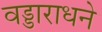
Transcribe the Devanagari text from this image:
वड्डाराधने